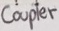
Text: Coupler